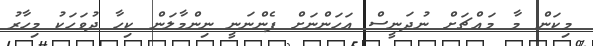
މިކަން މާ މައްޗަށް ނުދަނީސް އަހަންނަށް ފެންނަނީ ނިންމާލަން ކިހާ ދުވަހަކު މިހާރު